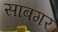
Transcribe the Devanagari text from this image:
साबगर